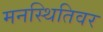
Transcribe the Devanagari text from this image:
मनस्थितिवर